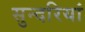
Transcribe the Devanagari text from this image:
सुन्दरियां